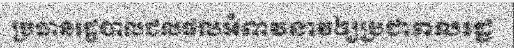
ប្រធានរដ្ឋបាលជលផលអំពាវនាវឲ្យប្រជាពលរដ្ឋ